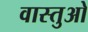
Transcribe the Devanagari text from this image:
वास्तुओ